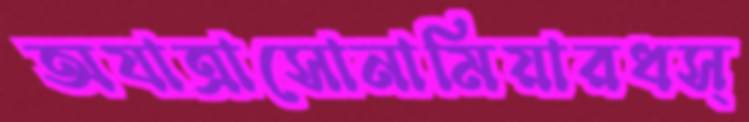
অযাত্রাসোনামিয়ারধস্‌